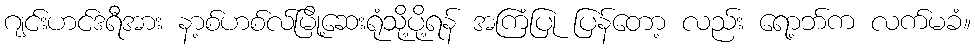
ဂျင်းဟင်ဒရီအား နာ့စ်ဟစ်လ်မြို့ဆေးရုံသို့ပို့ရန် အကြံပြု ပြန်တော့ လည်း ရော့ဘ်က လက်မခံ။